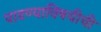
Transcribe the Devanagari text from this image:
पाडण्याविषयीची